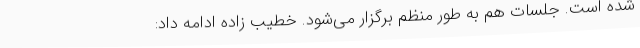
شده است. جلسات هم به طور منظم برگزار می‌شود. خطیب زاده ادامه داد: